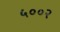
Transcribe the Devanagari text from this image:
५००२